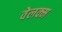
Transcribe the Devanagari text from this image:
वेलक्म